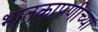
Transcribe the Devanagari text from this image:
भातकापणीच्या